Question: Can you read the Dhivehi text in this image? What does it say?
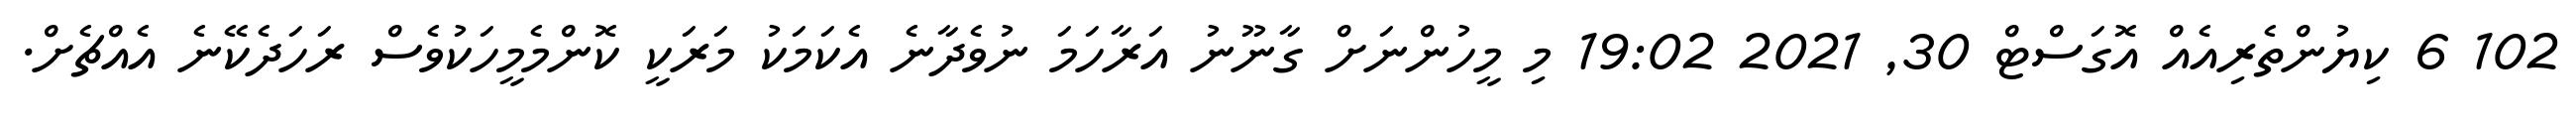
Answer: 102 6 ކިޔުންތެރިއެއް އޮގަސްޓް 30, 2021 19:02 މި މީހުންނަށް ގާނޫނު އަރާހަމަ ނުވެދާނެ އެކަމަކު މަރަކީ ކޮންމެމީހަކުވެސް ރަހަދެކޭނެ އެއްޗެށް.